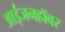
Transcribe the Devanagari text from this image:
आईजनहॉवर